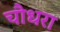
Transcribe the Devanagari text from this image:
चौधरा